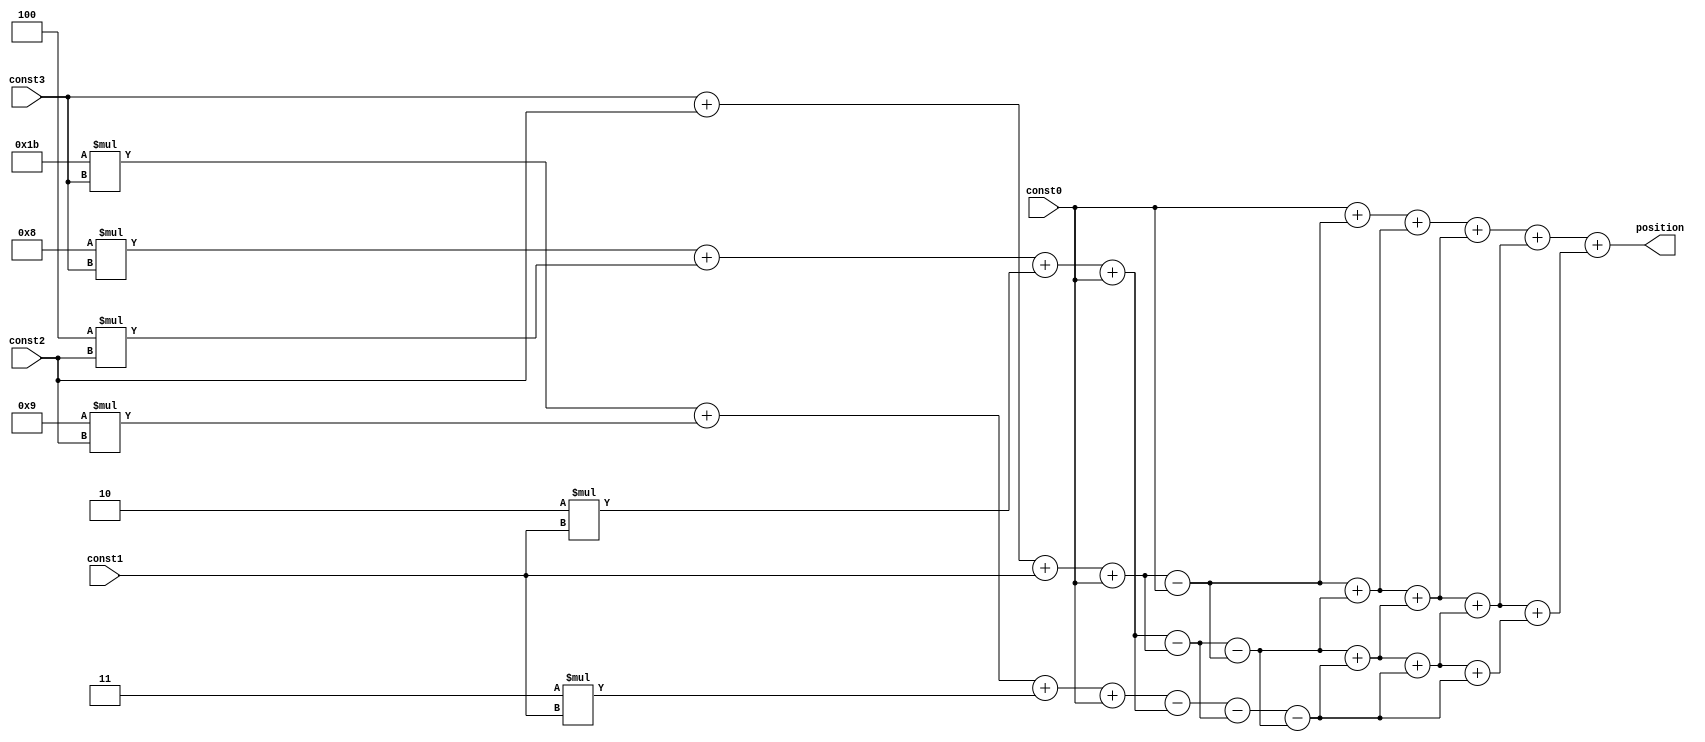
module Third_Order_Babbage#(parameter Maxxvalue = 5)(
    input [15:0] const0,
    input [15:0] const1,
    input [15:0] const2,
    input [15:0] const3,
    output [15:0] position
    );
    
    wire [15:0] f_curr [Maxxvalue:0];
    wire [15:0] f_next [Maxxvalue:0];
    wire [15:0] g_curr [Maxxvalue:0];
    wire [15:0] g_next [Maxxvalue:0];
    wire [15:0] h_curr [Maxxvalue:0];
    wire [15:0] h_next [Maxxvalue:0];
    wire [15:0] j_curr [Maxxvalue:0];
    wire [15:0] f_curr0;
    wire [15:0] f_curr1;
    wire [15:0] f_curr2;
    wire [15:0] f_curr3;
    wire [15:0] g_curr0;
    wire [15:0] g_curr1;
    wire [15:0] g_curr2;
    wire [15:0] h_curr0;
    wire [15:0] h_curr1;
    wire [15:0] j_curr0;
    
    assign f_curr0 = const0;
    assign f_curr1 = const3 + const2 + const1 + const0;
    assign f_curr2 = 8*const3 + 4*const2 + 2*const1 + const0;
    assign f_curr3 = 27*const3 + 9*const2 + 3*const1 + const0;
    assign g_curr0 = f_curr1-f_curr0;
    assign g_curr1 = f_curr2-f_curr1;
    assign g_curr2 = f_curr3-f_curr2;
    assign h_curr0 = g_curr1-g_curr0;
    assign h_curr1 = g_curr2-g_curr1;
    assign j_curr0 = h_curr1-h_curr0;
    
    generate
    genvar i;
    for(i=0;i<Maxxvalue+1;i=i+1) begin:bab
        assign f_curr[0] = f_curr0;
        assign g_curr[0] = g_curr0;
        assign h_curr[0] = h_curr0;
        assign j_curr[0] = j_curr0;
        assign f_next[i] = f_curr[i] + g_curr[i];
        assign g_next[i] = g_curr[i] + h_curr[i];
        assign h_next[i] = h_curr[i] + j_curr[i];
        assign f_curr[i+1] = f_next[i];
        assign g_curr[i+1] = g_next[i];
        assign h_curr[i+1] = h_next[i];
        assign j_curr[i+1] = j_curr[i];
    end
    endgenerate
    assign position = f_curr[Maxxvalue];
endmodule